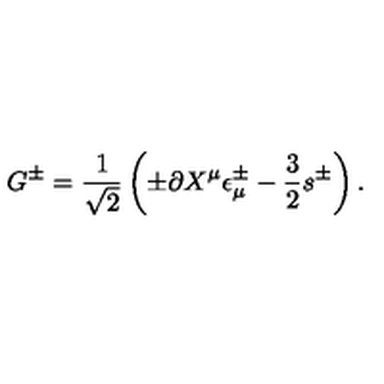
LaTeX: G ^ { \pm } = { \frac { 1 } { \sqrt 2 } } \left( \pm \partial X ^ { \mu } \epsilon _ { \mu } ^ { \pm } - { \frac { 3 } { 2 } } s ^ { \pm } \right) .